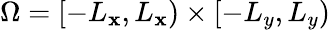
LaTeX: \Omega=[-L_{\mathbf{x}},L_{\mathbf{x}})\times[-L_{y},L_{y})